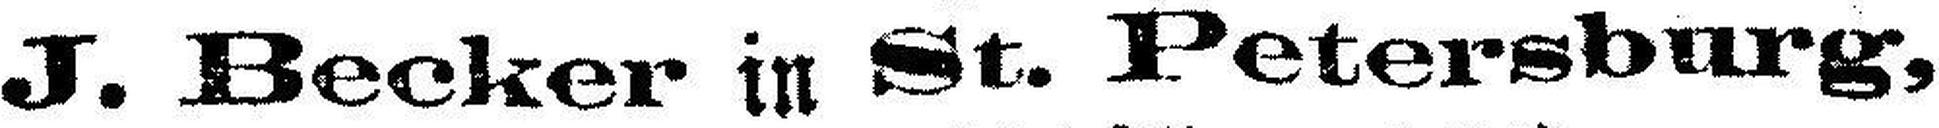
J. Becker in St. Petersburg,